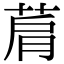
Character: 菺